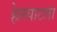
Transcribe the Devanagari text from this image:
हेलपाटला